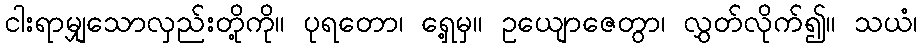
ငါးရာမျှသောလှည်းတို့ကို။ ပုရတော၊ ရှေ့မှ။ ဥယျောဇေတွာ၊ လွှတ်လိုက်၍။ သယံ၊